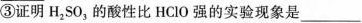
③证明H_{2}S0_{3}的酸性比HClO强的实验现象是___